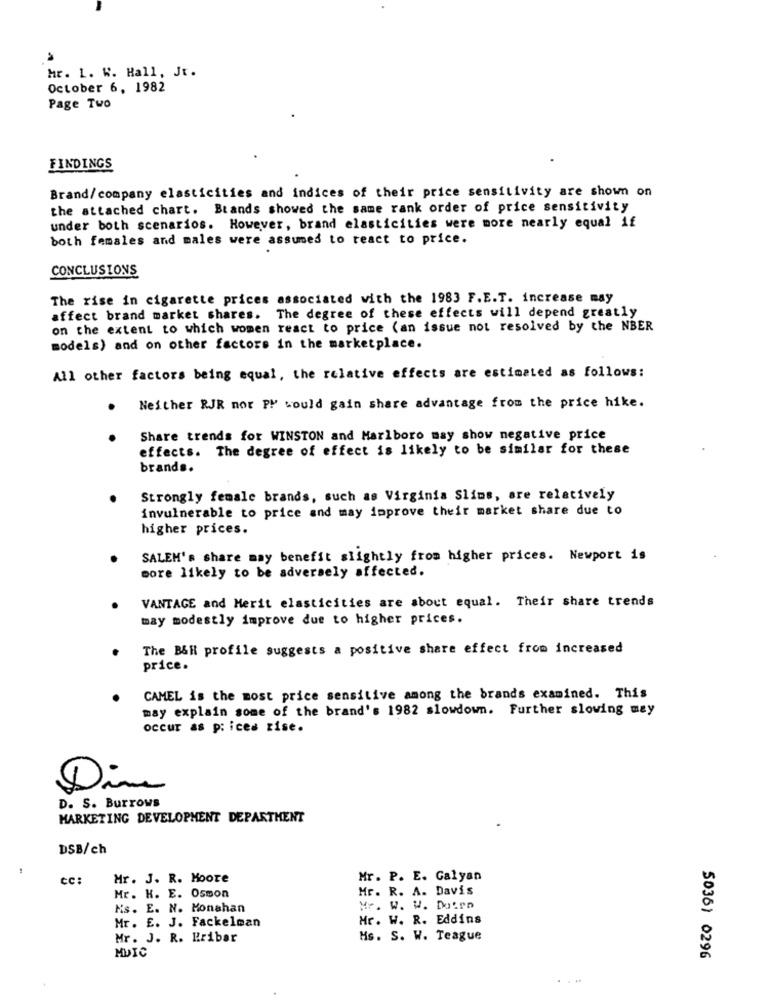
Mr. L. K. Hall, Jt.
October 6, 1982
Page Two
FINDINGS
Brand/company elasticities and indices of their price sensitivity are shown on
the attached chart. Brands showed the same rank order of price sensitivity
under both scenarios. However, brand elasticities were more nearly equal if
both females and males were assumes to react to price.
CONCLUSIONS
The rise in cigarette prices associated with the 1983 F.E.T. increase may
affect brand market shares. The degree of these effects will depend greatly
on the extent to which women react to price (an issue not resolved by the NBER
models) and on other factors in the marketplace.
All other factors being equal, the relative effects are estimated as follows:
Neither RJR nor PM would gain share advantage from the price hike.
Share trends for WINSTON and Marlboro may show negative price
effects. The degree of effect is likely to be similar for these
brands.
Strongly female brands, such as Virginia Slims, are relatively
invulnerable to price and may improve their market share due to
higher prices.
SALEM's share may benefit slightly from higher prices. Newport is
more likely to be adversely affected.
VANTAGE and Merit elasticities are about equal. Their share trends
may modestly improve due to higher prices.
The B&H profile suggests a positive share effect from increased
price.
CAMEL is the most price sensitive among the brands examined. This
may explain some of the brand's 1982 slowdown. Further slowing may
occur as prices zise.
Dine
D. S. Burrows
MARKETING DEVELOPMENT DEPARTMENT
DSB/ch
cc:
Mr. J. R. Moore
Mr. P. E. Galyan
Mr. R. A. Davis
Mr. K. E. Osmon
Ns. E. N. Monahan
Mr. W. W. Duirn
Mr. E. J. Fackelman
Mr. W. R. Eddins
Mr. J. R. Rribar
Ms. S. W. Teague
MUIC
5036) 0296
. ...